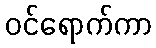
ဝင်ရောက်ကာ